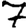
Digit: 7